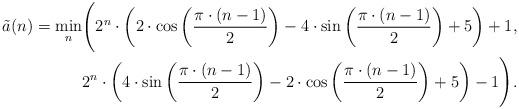
LaTeX: \begin{align*} \tilde{a}(n)=\min_{n}\Biggl(2^n \cdot \left(2 \cdot \cos\left( \frac{\pi \cdot (n-1)}{2} \right) -4 \cdot \sin \left( \frac{\pi \cdot (n-1)}{2} \right) +5 \right)+1, \\ 2^n \cdot \left(4 \cdot \sin \left( \frac{\pi \cdot (n-1)}{2} \right) -2 \cdot \cos \left( \frac{\pi \cdot (n-1)}{2} \right) +5 \right)-1 \Biggr).\end{align*}